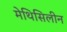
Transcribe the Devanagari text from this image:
मेथिसिलीन